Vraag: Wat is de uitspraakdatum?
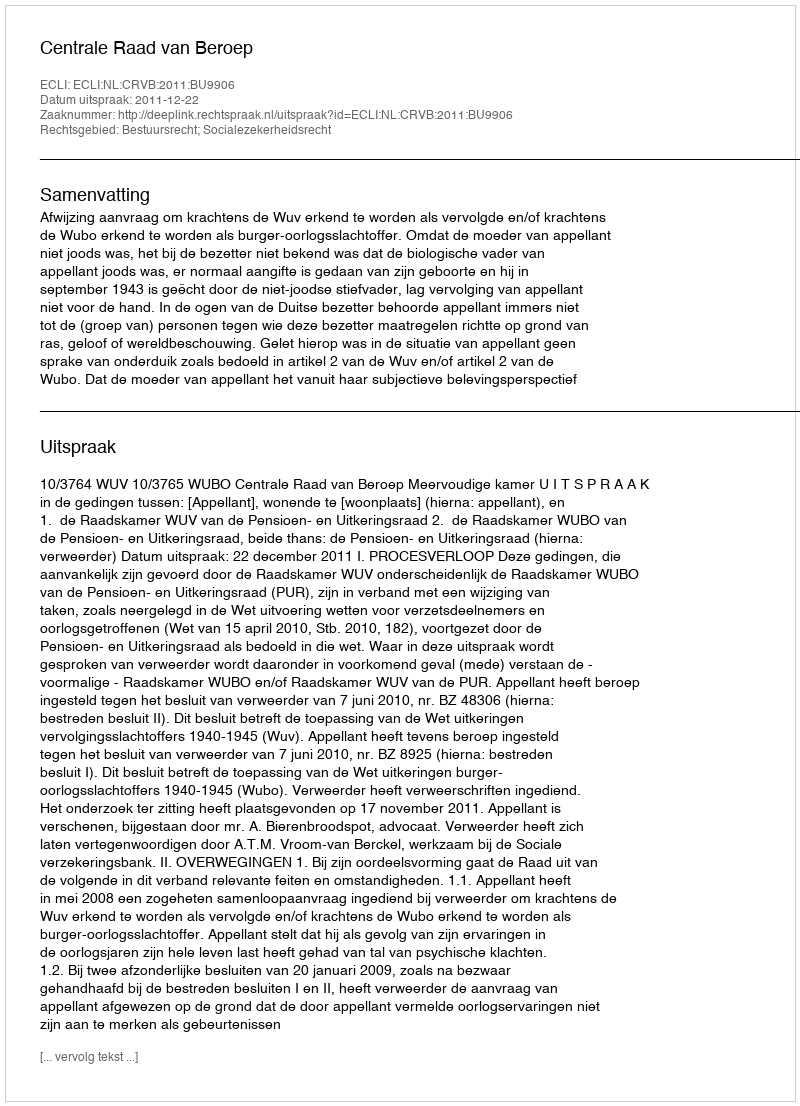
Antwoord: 2011-12-22